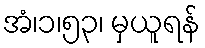
အံ၊၁၊၅၃၊ မှယူရန်